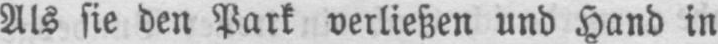
Als sie den Park verließen und Hand in